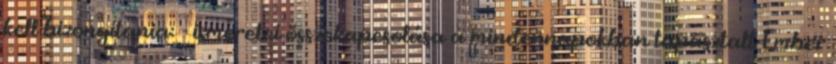
kell bizonyítania: - ismeretei összekapcsolása a mindennapokban tapasztalt Ember